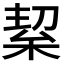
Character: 𭪛